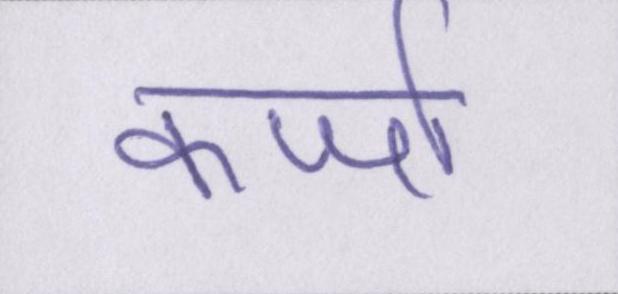
कर्जा